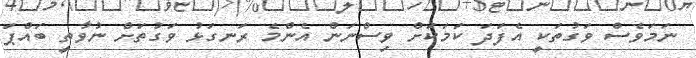
ނަމަވެސް ވަގުތަކީ އެފަދަ ކަމަކަށް ވިސްނަން އެންމެ ރަނގަޅު ވަގުތަށް ނުވާތީ ބައްޕަ